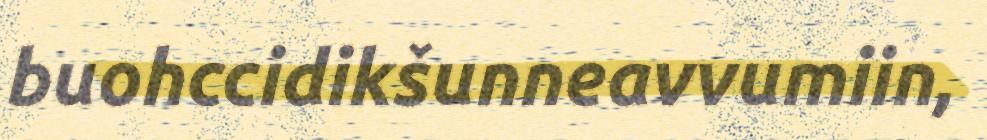
buohccidikšunneavvumiin,